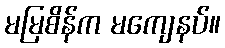
မမြစိန်က မကျေနပ်။